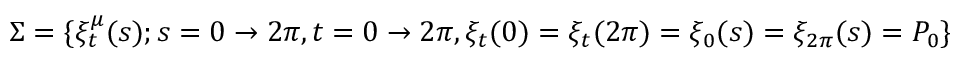
\Sigma = \{ \xi _ { t } ^ { \mu } ( s ) ; s = 0 \rightarrow 2 \pi , t = 0 \rightarrow 2 \pi , \xi _ { t } ( 0 ) = \xi _ { t } ( 2 \pi ) = \xi _ { 0 } ( s ) = \xi _ { 2 \pi } ( s ) = P _ { 0 } \}